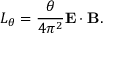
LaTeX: { \cal L } _ { \theta } = \frac { \theta } { 4 \pi ^ { 2 } } { \bf E } \cdot { \bf B } .